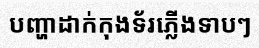
បញ្ហាដាក់កុងទ័រភ្លើងទាបៗ